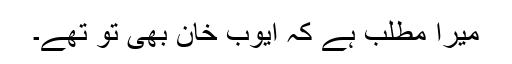
میرا مطلب ہے کہ ایوب خان بھی تو تھے۔